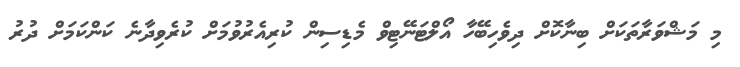
މި މަޝްވަރާތަކަށް ބިނާކޮށް ދިވެހިބޭހާ އޯލްޓަނޭޓިވް މެޑިސިން ކުރިއެރުވުމަށް ކުރެވިދާނެ ކަންކަމަށް ދުރު